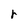
Character: r